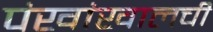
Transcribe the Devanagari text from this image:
पंखांखालची